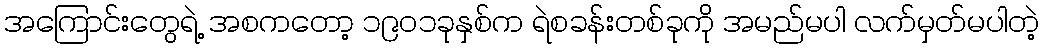
အကြောင်းတွေရဲ့ အစကတော့ ၁၉၀၁ခုနှစ်က ရဲစခန်းတစ်ခုကို အမည်မပါ လက်မှတ်မပါတဲ့